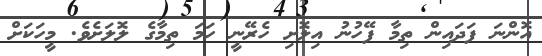
އޮންނަ ފަދައިން ތިމާ ފޭހުނު އިލޮށި ހެރޭނީ ހަމަ ތިމާގެ ލޮލަށެވެ. މީހަކަށް